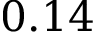
0 . 1 4